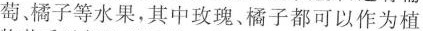
萄橘子等水果，其中玫瑰、橘子都可以作为植